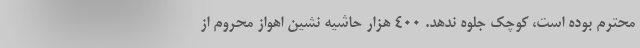
محترم بوده است، کوچک جلوه ندهد. ۴۰۰ هزار حاشیه ‌نشین اهواز محروم از